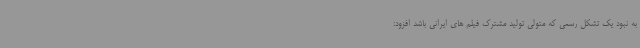
به نبود یک تشکل رسمی که متولی تولید مشترک فیلم های ایرانی باشد افزود: